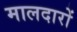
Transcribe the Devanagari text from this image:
मालदारों